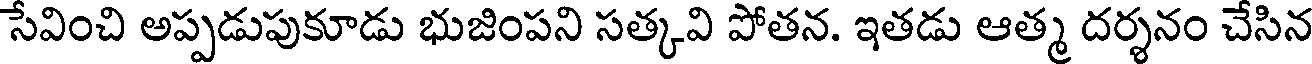
సేవించి అప్పడుపుకూడు భుజింపని సత్కవి పోతన. ఇతడు ఆత్మ దర్శనం చేసిన